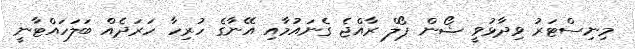
މިނިސްޓަރު ވިދާޅުވީ ޝޯން ޕޯލް ރާއްޖެ ގެނައުމާއި އޭނާގެ ހުރިހާ ހަރަދެއް ބަލަހައްޓާނީ